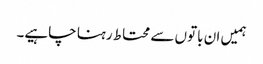
ہمیں ان باتوں سے محتاط رہنا چاہیے۔